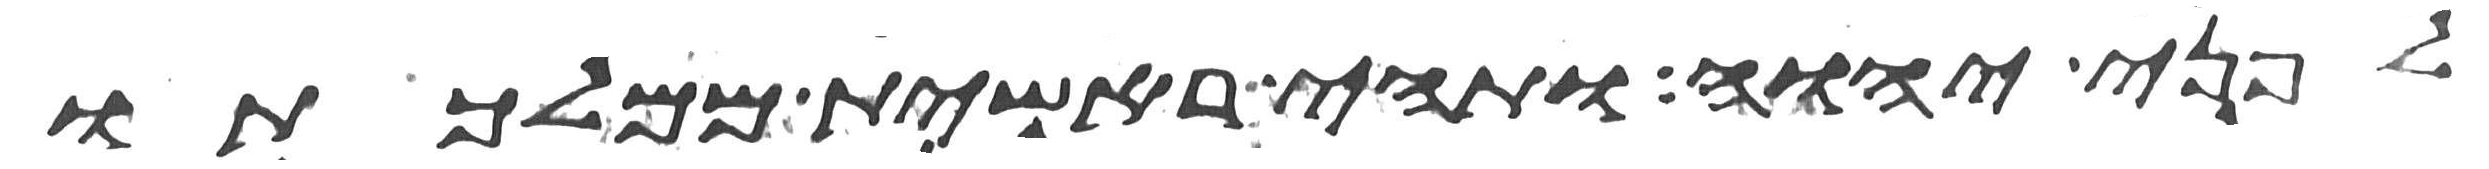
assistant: לפני יהוה ותהי ראשית ממלכתו